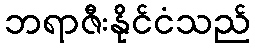
ဘရာဇီးနိုင်ငံသည်